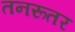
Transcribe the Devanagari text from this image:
तनरूतर